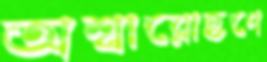
অশ্বারোহণে